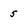
Character: 5